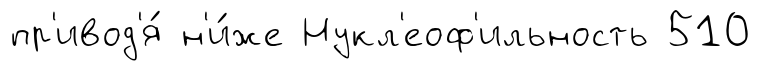
пр'ивод'я́ н'и́же Нукл'еоф'ильность 510